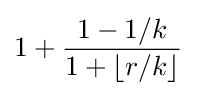
1+{\frac {1-1/k}{1+\lfloor r/k\rfloor }}